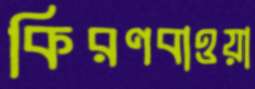
কিরণবাওয়া